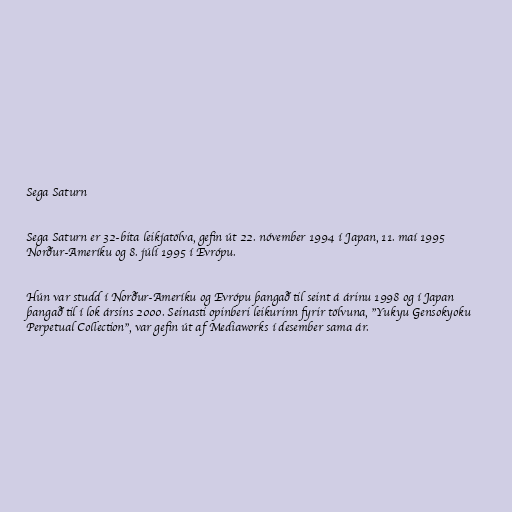
Sega Saturn

Sega Saturn er 32-bita leikjatölva, gefin út 22. nóvember 1994 í Japan, 11. maí 1995
Norður-Ameríku og 8. júlí 1995 í Evrópu.

Hún var studd í Norður-Ameríku og Evrópu þangað til seint á árinu 1998 og í Japan
þangað til í lok ársins 2000. Seinasti opinberi leikurinn fyrir tölvuna, "Yukyu Gensokyoku
Perpetual Collection", var gefin út af Mediaworks í desember sama ár.